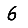
Digit: 6